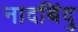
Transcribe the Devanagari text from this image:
नादबिंदु